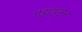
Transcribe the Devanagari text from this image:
एट्टायपुरम